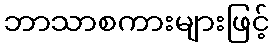
ဘာသာစကားများဖြင့်